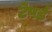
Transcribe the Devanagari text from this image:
टेपर्ड